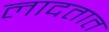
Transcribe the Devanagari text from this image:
लादतात